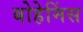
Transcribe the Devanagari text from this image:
बोहेमिंस